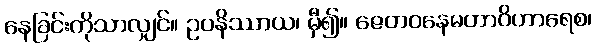
နေခြင်းကိုသာလျှင်။ ဥပနိဿာယ၊ မှီ၍။ ဇေတဝနေမဟာဝိဟာရေစ၊